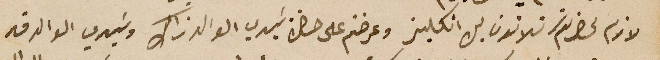
لازم لحضرتكم تلاتون ليره انكليز وعرضتم على حضرة سَيدي الوالد ذاك وسَيدي الوالد قد